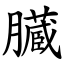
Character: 臓